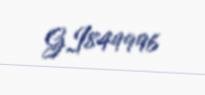
GI849996